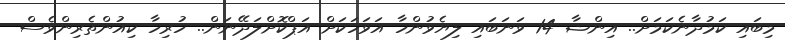
މިބައި ކަމުދާނެކަމަށް.. އިންޝާ 14 ވަނަބައި ލިޔެވުންހާ އަވަހަކަށް އަޕްކޮށްލަދޭނަން.. ހުރިހާ ކިއުންތެރިންވެސް